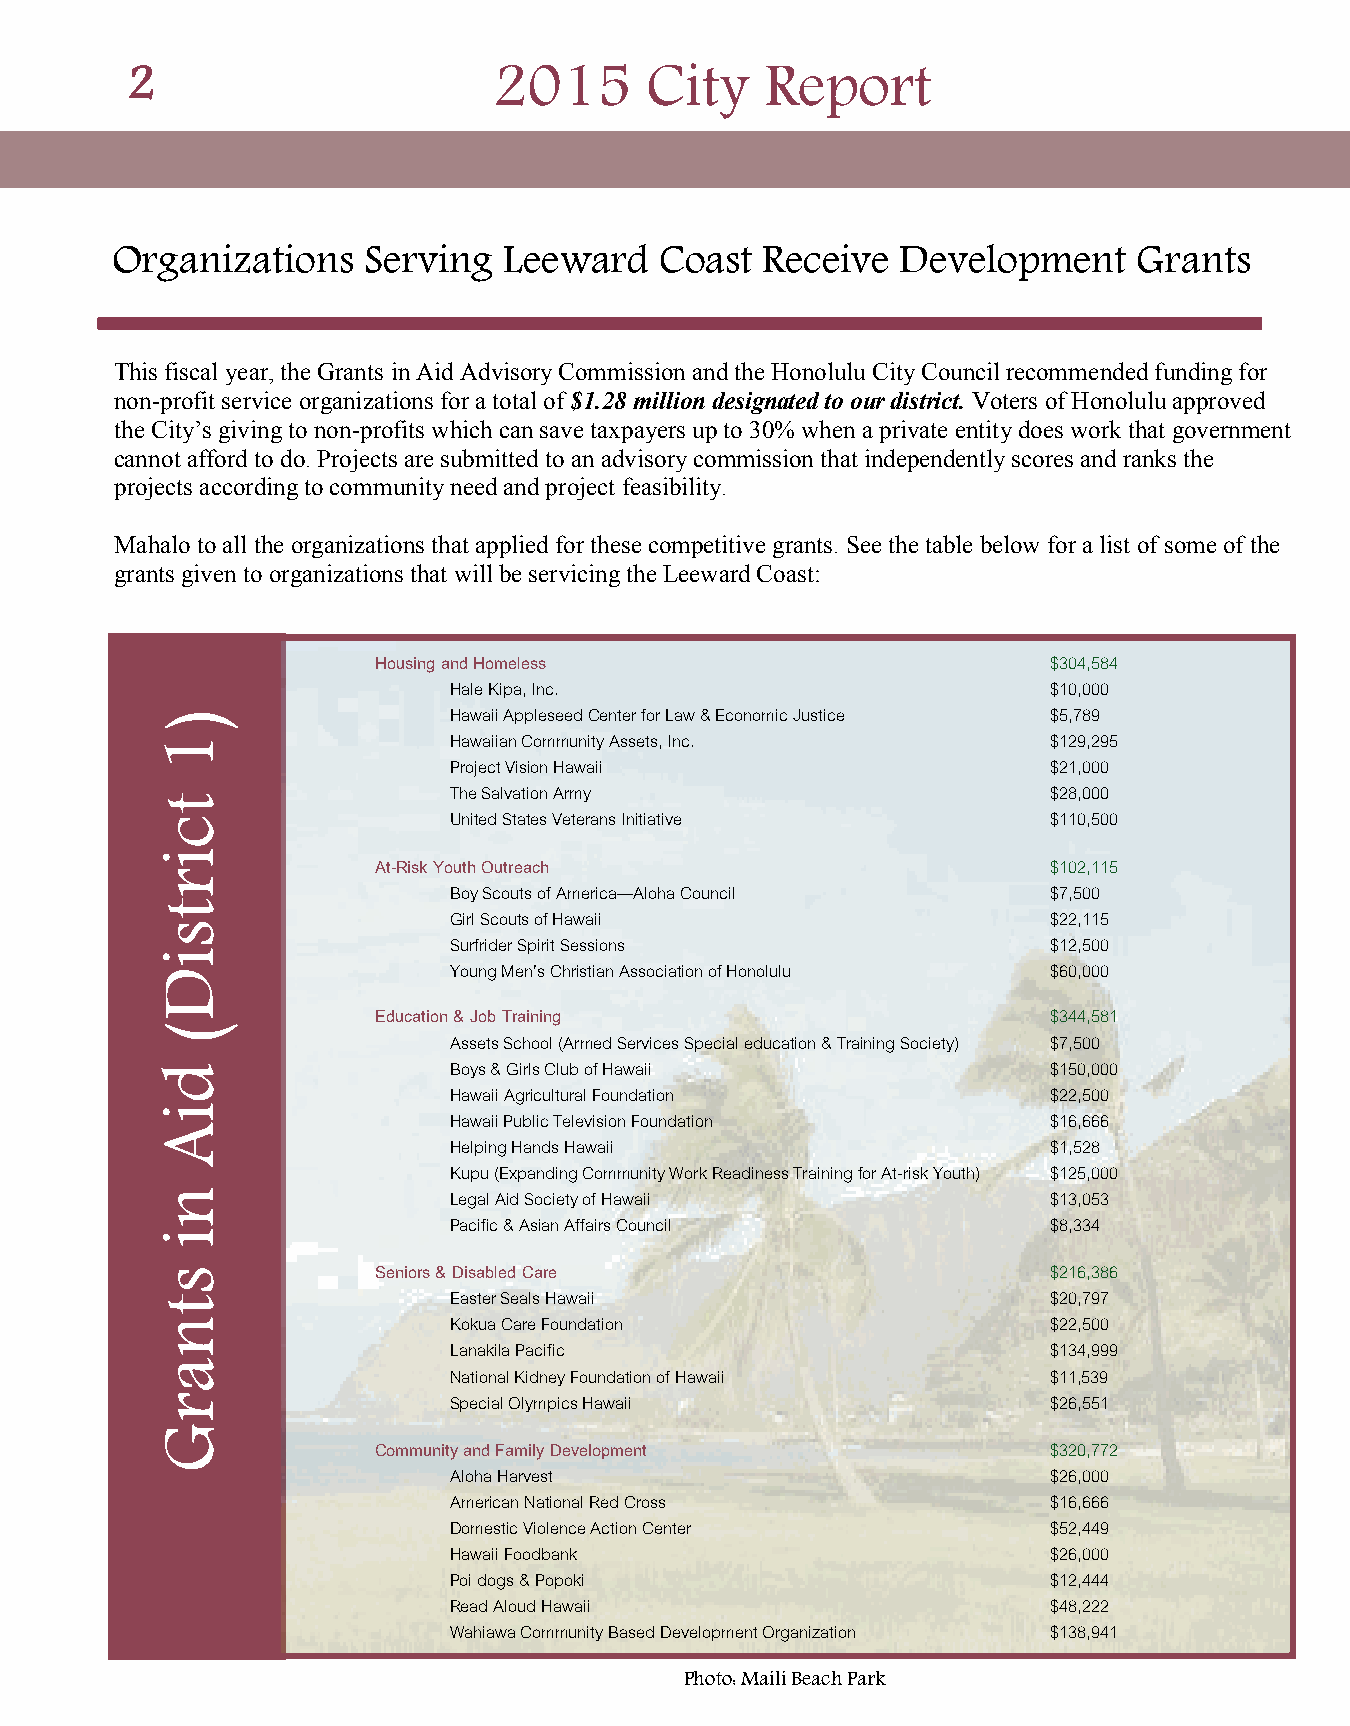
2                        2015      City    Report
 Organizations    Serving  Leeward    Coast Receive   Development    Grants
 This fiscal year, the Grants in Aid Advisory Commission and the Honolulu City Council recommended funding for
 non-profit service organizations for a total of $1.28 million designated to our district. Voters of Honolulu approved
 the City’s giving to non-profits which can save taxpayers up to 30% when a private entity does work that government
 cannot afford to do. Projects are submitted to an advisory commission that independently scores and ranks the
 projects according to community need and project feasibility.
 Mahalo to all the organizations that applied for these competitive grants. See the table below for a list of some of the
 grants given to organizations that will be servicing the Leeward Coast:
 Housing and Homeless                         $304,584
 Hale Kipa, Inc.                         $10,000
 )                 Hawaii Appleseed Center for Law & Economic Justice $5,789
 1                 Hawaiian Community Assets, Inc.         $129,295
 Project Vision Hawaii                   $21,000
 The Salvation Army                      $28,000
 t
 United States Veterans Initiative       $110,500
 c
 i
 At-Risk Youth Outreach                       $102,115
 r
 Boy Scouts of America—Aloha Council     $7,500
 t
 Girl Scouts of Hawaii                   $22,115
 s
 Surfrider Spirit Sessions               $12,500
 i
 Young Men’s Christian Association of Honolulu $60,000
 D
 Education & Job Training                     $344,581
 (
 Assets School (Armed Services Special education & Training Society) $7,500
 Boys & Girls Club of Hawaii             $150,000
 d
 Hawaii Agricultural Foundation          $22,500
 i                 Hawaii Public Television Foundation     $16,666
 A
 Helping Hands Hawaii                    $1,528
 Kupu (Expanding Community Work Readiness Training for At-risk Youth) $125,000
 n                 Legal Aid Society of Hawaii             $13,053
 Pacific & Asian Affairs Council         $8,334
 i
 s            Seniors & Disabled Care                      $216,386
 t
 Easter Seals Hawaii                     $20,797
 n                 Kokua Care Foundation                   $22,500
 Lanakila Pacific                        $134,999
 a
 National Kidney Foundation of Hawaii    $11,539
 r                 Special Olympics Hawaii                 $26,551
 G
 Community and Family Development             $320,772
 Aloha Harvest                           $26,000
 American National Red Cross             $16,666
 Domestic Violence Action Center         $52,449
 Hawaii Foodbank                         $26,000
 Poi dogs & Popoki                       $12,444
 Read Aloud Hawaii                       $48,222
 Wahiawa Community Based Development Organization $138,941
 Photo: Maili Beach Park